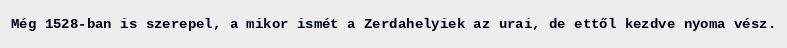
Még 1528-ban is szerepel, a mikor ismét a Zerdahelyiek az urai, de ettől kezdve nyoma vész.